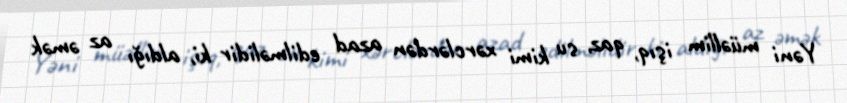
Yəni müəllim işıq, qaz, su kimi xərclərdən azad edilməlidir ki, aldığı az əmək